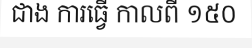
ជាង ការធ្វើ កាលពី ១៥០